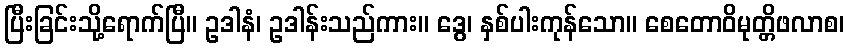
ပြီးခြင်းသို့ရောက်ပြီ။ ဥဒါနံ၊ ဥဒါန်းသည်ကား။ ဒွေ၊ နှစ်ပါးကုန်သော။ စေတောဝိမုတ္တိဖလာစ၊